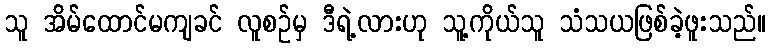
သူ အိမ်ထောင်မကျခင် လူစဉ်မှ ဒီရဲ့လားဟု သူ့ကိုယ်သူ သံသယဖြစ်ခဲ့ဖူးသည်။